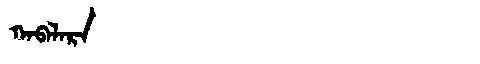
Manchu: ᡴᠠᠪᠠᠯᠠᡵᠠ
Romanization: KABALARA